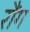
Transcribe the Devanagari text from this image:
रौंग